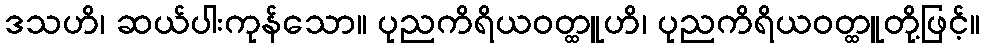
ဒသဟိ၊ ဆယ်ပါးကုန်သော။ ပုညကိရိယဝတ္ထူဟိ၊ ပုညကိရိယဝတ္ထူတို့ဖြင့်။